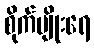
စိုက်ပျိုးရေ